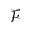
\mathcal { F }